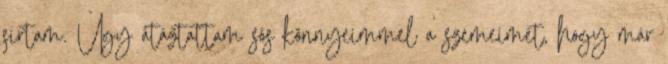
sírtam. Úgy átáztattam sós könnyeimmel a szemeimet, hogy már